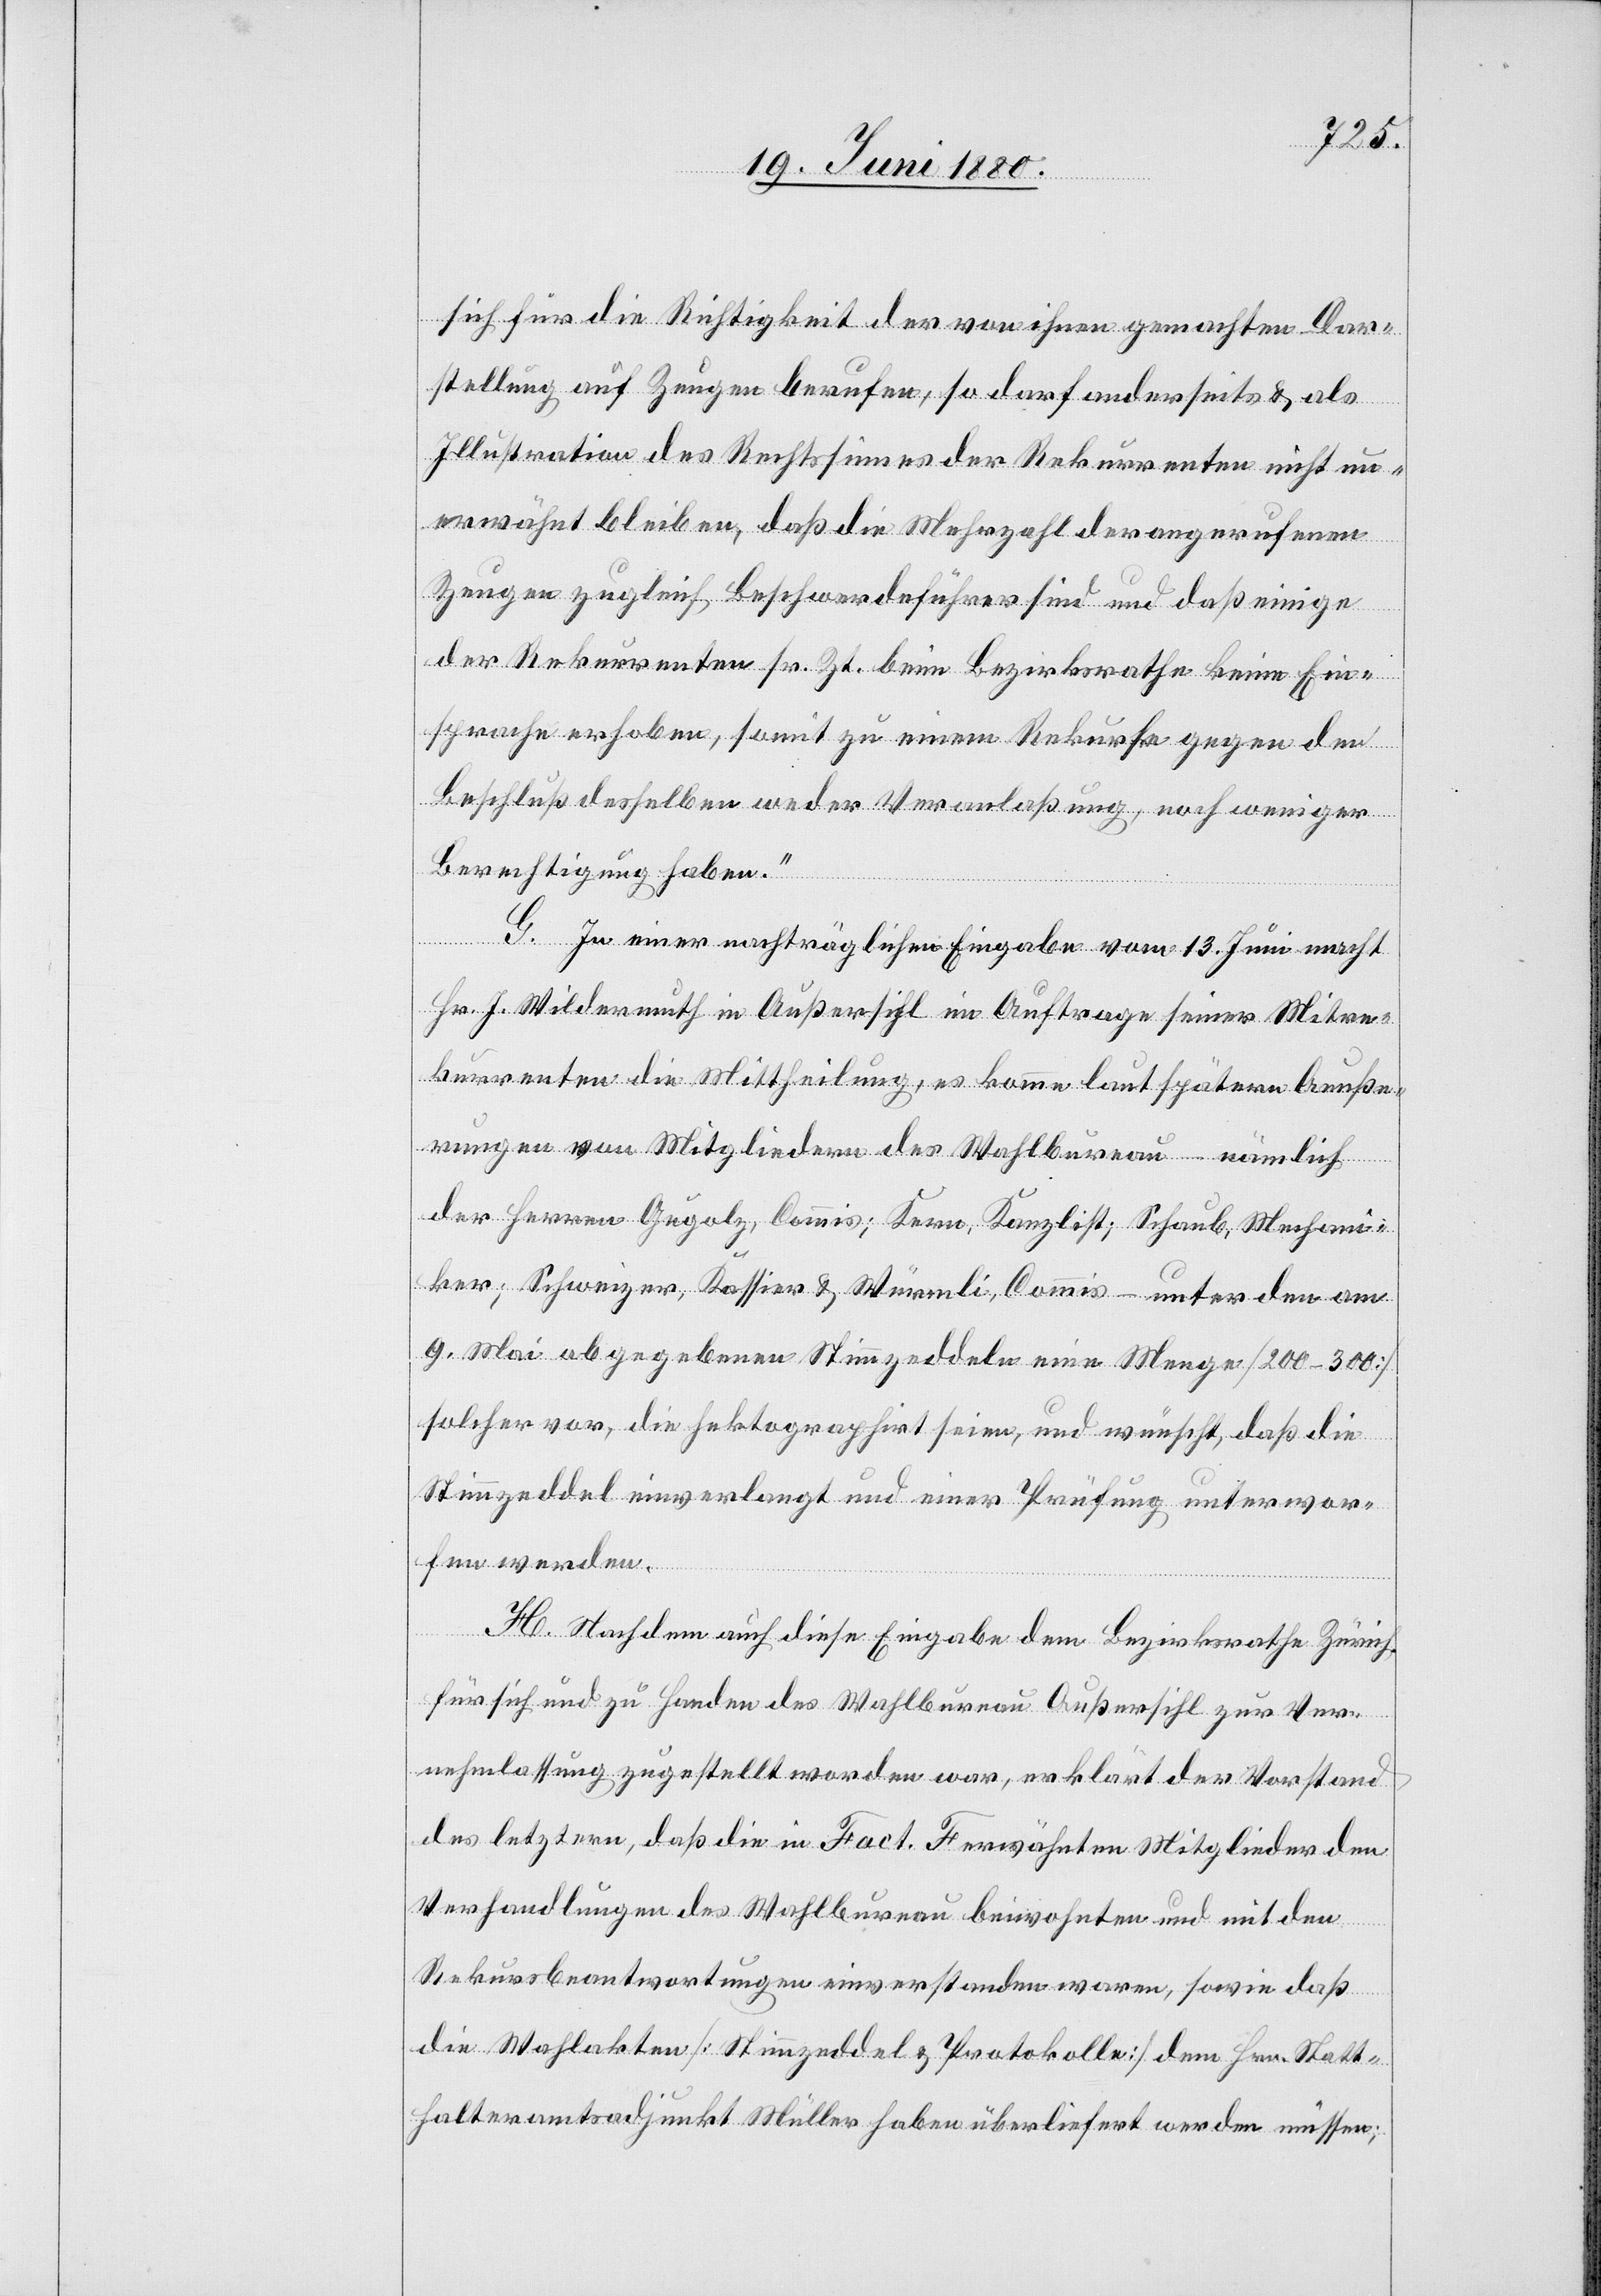
sich für die Richtigkeit der von ihnen gemachten Dar¬
stellung auf Zeugen berufen, so darf anderseits & als
Illustration des Rechtssinnes der Rekurrenten nicht un¬
erwähnt bleiben, daß die Mehrzahl der angerufenen
Zeugen zugleich Beschwerdeführer sind und daß einige
der Rekurrenten sr. Zt. beim Bezirksrathe keine Ein¬
sprache erhoben, somit zu einem Rekurse gegen den
Beschluß desselben weder Veranlaßung, noch weniger
Berechtigung haben.“
G. In einer nachträglichen Eingabe vom 13. Juni macht
Hr. J. Wildermuth in Außersihl im Auftrage seiner Mitre¬
kurrenten die Mittheilung, es komme laut spätern Aeuße¬
rungen von Mitgliedern des Wahlbureau – nämlich
der Herren Gugolz, Commis; Kern, Kanzlist; Schaub, Mechani¬
ker; Schweiz, Kassier & Würmli, Commis – unter den am
9. Mai abgegebenen Stimmzeddeln eine Menge [200–300]
solcher vor, die hektographirt seien, und wünscht, daß die
Stimmzeddel einverlangt und einer Prüfung unterwor¬
fen werden.
H. Nachdem auch diese Eingabe dem Bezirksrathe Zürich
für sich und zu Handen des Wahlbureau Außersihl zur Ver¬
nehmlassung zugestellt worden war, erklärt der Vorstand
des letztern, daß die in Fact. F erwähnten Mitglieder den
Verhandlungen des Wahlbureau beiwohnten und mit den
Rekursbeantwortungen einverstanden waren, sowie daß
die Wahlakten [Stimmzeddel & Protokolle] dem Hrn. Statt¬
halteramtsadjunkt Müller haben überliefert werden müssen;